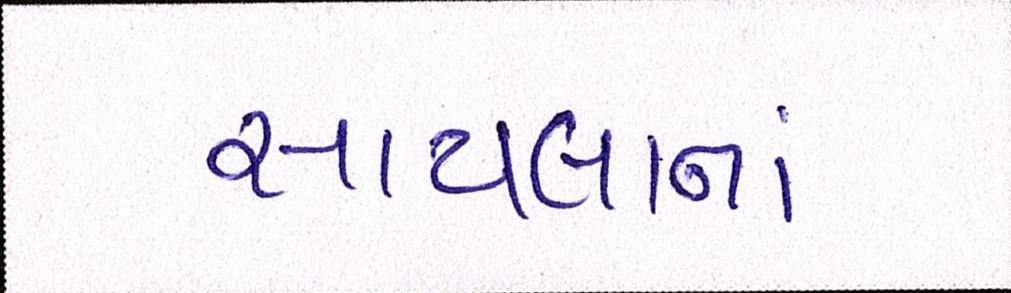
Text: સાયલાનાં